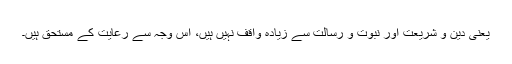
یعنی دین و شریعت اور نبوت و رسالت سے زیادہ واقف نہیں ہیں، اِس وجہ سے رعایت کے مستحق ہیں۔